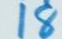
18